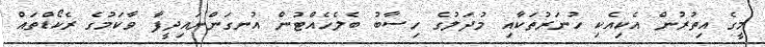
މީގެ އިތުރުން އެކިއެކި ހުނަރުތަކާއި މުދަލުގެ ހިސާބު ބެލެހެއްޓުން އުނގަންނައިދީފާ ވާކަމުގެ ރެކޯޑްތައް